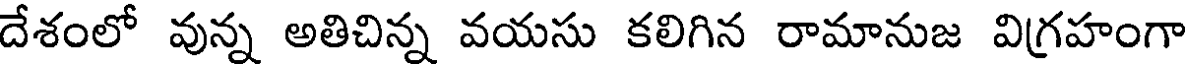
దేశంలో వున్న అతిచిన్న వయసు కలిగిన రామానుజ విగ్రహంగా